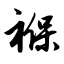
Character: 褓